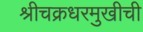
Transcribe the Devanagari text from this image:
श्रीचक्रधरमुखीची